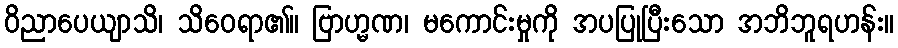
ဝိညာပေယျာသိ၊ သိဝေရာ၏။ ဗြာဟ္မဏ၊ မကောင်းမှုကို အပပြုပြီးသော အဘိဘူရဟန်း။